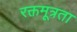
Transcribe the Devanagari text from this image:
रक्तमूत्रता